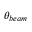
\theta _ { b e a m }